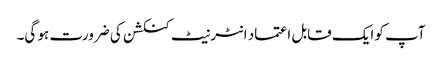
آپ کو ایک قابل اعتماد انٹرنیٹ کنکشن کی ضرورت ہو گی۔